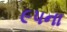
૯૫ના